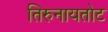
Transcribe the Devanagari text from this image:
तिरुनायतोट